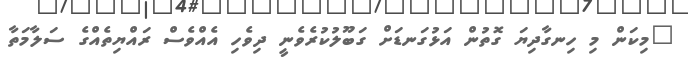
"މިކަން މި ހިނގާދިޔަ ގޮތުން އަޅުގަނޑަށް ގަބޫލުކުރެވެނީ ދިވެހި އެއްވެސް ރައްޔިތެއްގެ ސަލާމަތާ